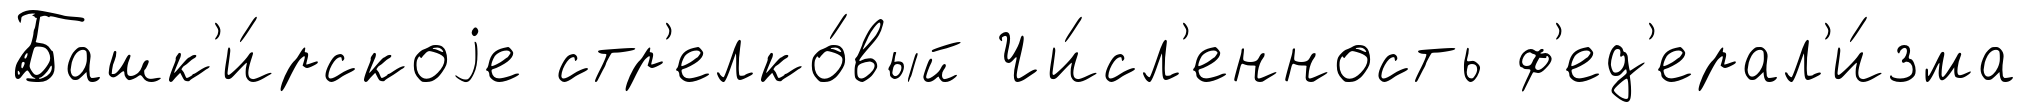
Башк'и́рскоjе стр'елко́вый Чи́сл'енность ф'ед'ерал'и́зма